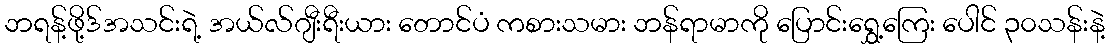
ဘရန့်ဖို့ဒ်အသင်းရဲ့ အယ်လ်ဂျီးရီးယား တောင်ပံ ကစားသမား ဘန်ရာမာကို ပြောင်းရွှေ့ကြေး ပေါင် ၃၀သန်းနဲ့